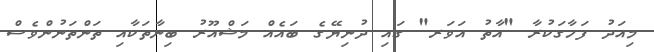
މިއަދު ފަހާގަކުރާ "އާތު އަވަރ" ގައި ދުނިޔޭގެ ބައެއް މަޝްއޫރު ބިނާތަކާއި ތަންތަނުންވެސް